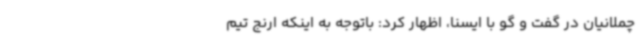
چملانیان در گفت و گو با ایسنا، اظهار کرد: باتوجه به اینکه ارنج تیم